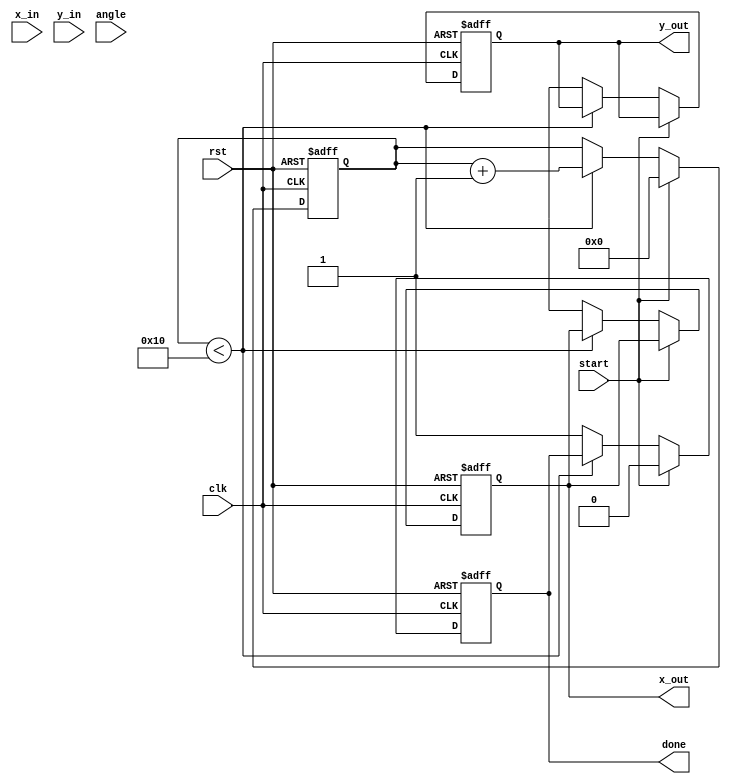
module cordic_2d #(
    parameter N = 16,               // Bit-width of inputs and outputs
    parameter ITERATIONS = 16      // Number of CORDIC iterations
)(
    input wire clk,
    input wire rst,
    input wire [N-1:0] x_in,       // Input x-coordinate
    input wire [N-1:0] y_in,       // Input y-coordinate
    input wire [N-1:0] angle,      // Rotation angle
    input wire start,               // Start signal
    output reg [N-1:0] x_out,      // Output x-coordinate
    output reg [N-1:0] y_out,      // Output y-coordinate
    output reg done                 // Done signal
);

    reg [N-1:0] x [0:ITERATIONS-1]; // Coordinate x at each iteration
    reg [N-1:0] y [0:ITERATIONS-1]; // Coordinate y at each iteration
    reg [N-1:0] atan_table [0:ITERATIONS-1]; // Atan table
    reg [N-1:0] scale_factors [0:ITERATIONS-1]; // Scaling factors

    reg [5:0] i;                   // Iteration counter
    reg [N-1:0] current_angle;     // Current angle
    
    initial begin
        // Initialize atan table values (in fixed point)
        atan_table[0] = 16'b0000000000000000; // atan(0)
        atan_table[1] = 16'b0000000000000111; // atan(0.5)
        atan_table[2] = 16'b0000000000001011; // atan(0.25)
        // Continue populating the atan_table with more values...

        // Initialize scaling factors
        scale_factors[0] = 16'b0000000000000001; // 1.0
        scale_factors[1] = 16'b0000000000000110; // 1/sqrt(2)
        // Continue populating the scale_factors...
    end

    // Control unit for CORDIC operation
    always @(posedge clk or posedge rst) begin
        if (rst) begin
            x_out <= 0;
            y_out <= 0;
            done <= 0;
            i <= 0;
            current_angle <= 0;
        end else if (start) begin
            x[0] <= x_in;
            y[0] <= y_in;
            current_angle <= angle;
            i <= 0;
            done <= 0;
        end else if (i < ITERATIONS) begin
            // Determine direction of rotation
            if (current_angle < 0) begin
                // Rotate clockwise
                x[i + 1] <= x[i] + (y[i] >>> i);
                y[i + 1] <= y[i] - (x[i] >>> i);
                current_angle <= current_angle + atan_table[i];
            end else begin
                // Rotate counterclockwise
                x[i + 1] <= x[i] - (y[i] >>> i);
                y[i + 1] <= y[i] + (x[i] >>> i);
                current_angle <= current_angle - atan_table[i];
            end
            
            // Apply scaling factor
            x[i + 1] <= (x[i + 1] * scale_factors[i]) >>> 1; // Scale down
            y[i + 1] <= (y[i + 1] * scale_factors[i]) >>> 1; // Scale down
            
            // Increment iteration counter
            i <= i + 1;
        end else begin
            // Final output after iterations are complete
            x_out <= x[ITERATIONS];
            y_out <= y[ITERATIONS];
            done <= 1;
        end
    end
endmodule